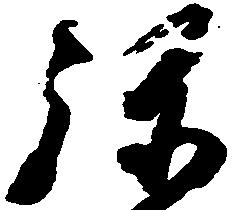
弥